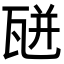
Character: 𤭅